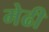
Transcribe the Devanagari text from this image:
मेढी